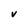
Character: V